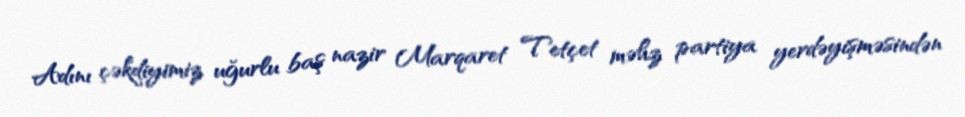
Adını çəkdiyimiz uğurlu baş nazir Marqaret Tetçet məhz partiya yerdəyişməsindən